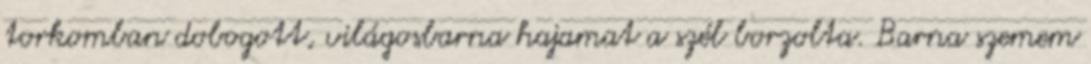
torkomban dobogott, világosbarna hajamat a szél borzolta. Barna szemem